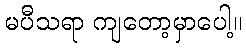
မပီသရာ ကျတော့မှာပေါ့။